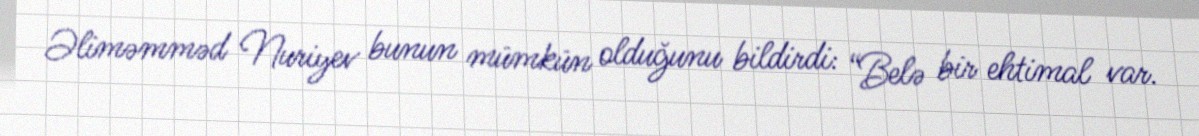
Əliməmməd Nuriyev bunun mümkün olduğunu bildirdi: “Belə bir ehtimal var.